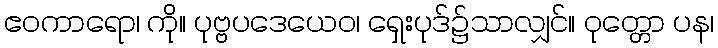
ဧဝကာရော၊ ကို။ ပုဗ္ဗပဒေယေဝ၊ ရှေးပုဒ်၌သာလျှင်။ ဝုတ္တော ပန၊